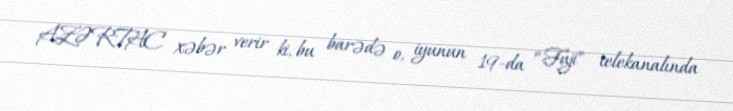
AZƏRTAC xəbər verir ki, bu barədə o, iyunun 19-da “Fuji” telekanalında